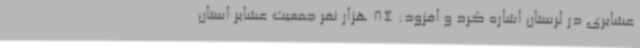
عشایری در لرستان اشاره کرد و افزود: 84 هزار نفر جمعیت عشایر استان